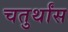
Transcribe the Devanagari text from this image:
चतुर्थांस